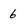
Character: 6